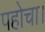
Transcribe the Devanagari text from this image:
पहोचा।